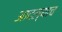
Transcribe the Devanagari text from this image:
आदल्याच